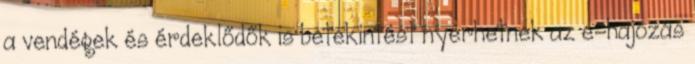
a vendégek és érdeklődők is betekintést nyerhetnek az e-hajózás